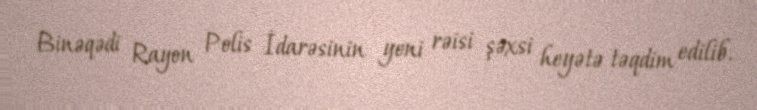
Binəqədi Rayon Polis İdarəsinin yeni rəisi şəxsi heyətə təqdim edilib.